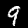
Digit: 9